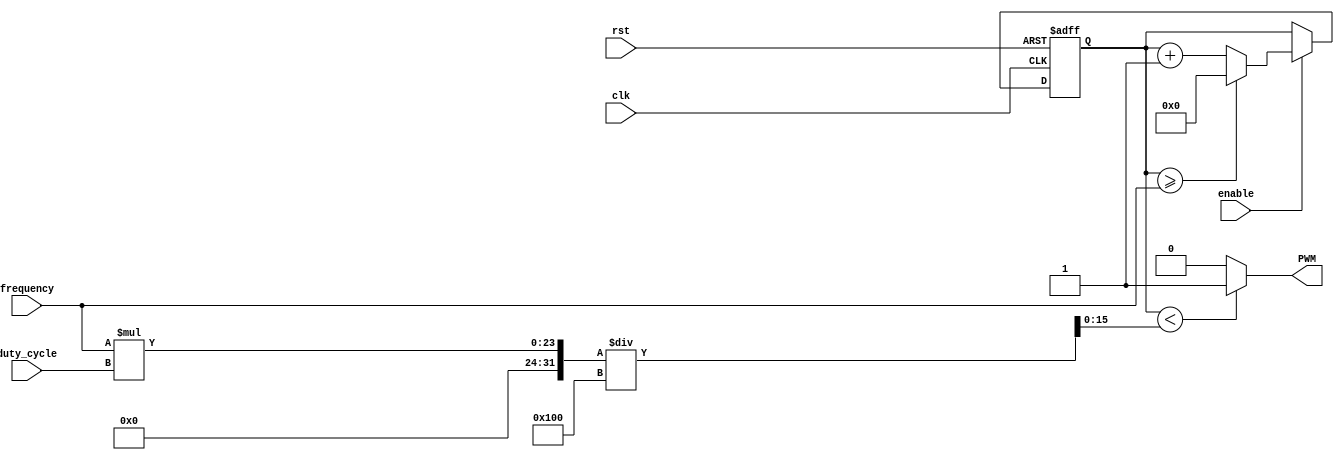
module PWM_generator(
    input wire clk,
    input wire rst,
    input wire enable,
    input wire [7:0] duty_cycle,
    input wire [15:0] frequency,
    output reg PWM
    );
    
    reg [15:0] counter;
    reg [15:0] threshold;

    always @(posedge clk or posedge rst)
    begin
        if (rst)
            counter <= 16'b0;
        else if (enable)
        begin
            counter <= counter + 1;
            if (counter >= frequency)
                counter <= 16'b0;
        end
    end

    always @(*)
    begin
        threshold = (frequency * duty_cycle) / 256;
        PWM = (counter < threshold) ? 1'b1 : 1'b0;
    end

endmodule